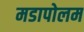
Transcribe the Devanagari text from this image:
मडापोलम